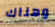
وهناك